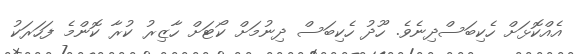
އެއްކޮޅަށް ހެކިބަސްދިނެވެ. ހޫދު ހެކިބަސް ދިނުމަށް ކޯޓަށް ހާޒިރު ކުރާ ކޮންމެ ފަހަރަކު